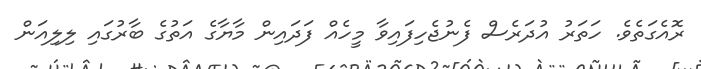
ރޮއެގަތެވެ. ހަތަރު އުދަރެސް ފެނުޖެހިފައިވާ މީހެއް ފަދައިން މާޔާގެ އަތުގެ ބާރުގައި ލިލިއަން